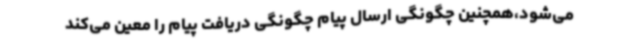
می‌شود،همچنین چگونگی ارسال پیام چگونگی دریافت پیام را معین می‌کند